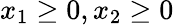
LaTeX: x_{1}\geq 0,x_{2}\geq 0